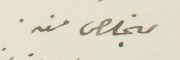
ليخلص منه.